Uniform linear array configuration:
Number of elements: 8
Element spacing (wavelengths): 0.25
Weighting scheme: kaiser
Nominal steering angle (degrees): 45
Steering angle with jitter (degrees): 44.825
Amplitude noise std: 0.05
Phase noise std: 0.05

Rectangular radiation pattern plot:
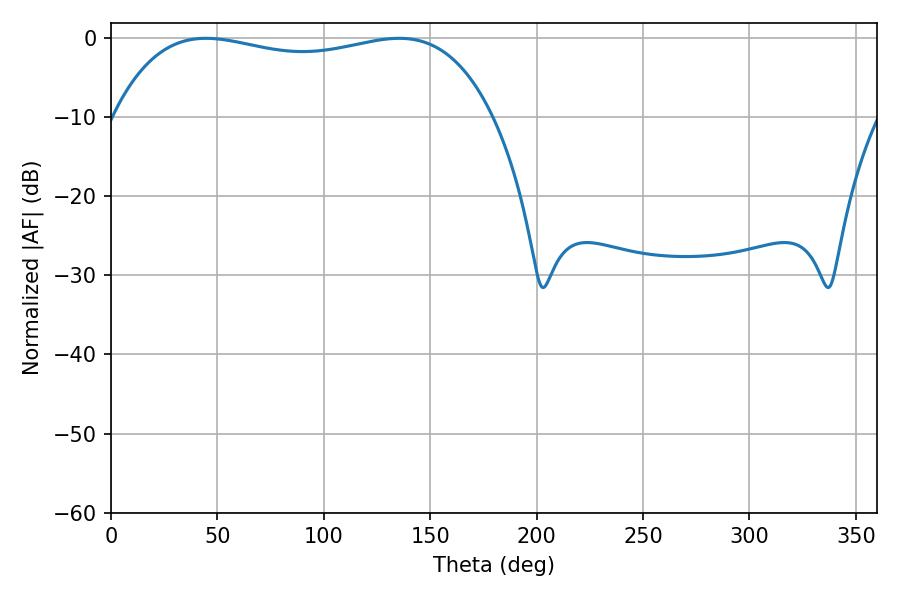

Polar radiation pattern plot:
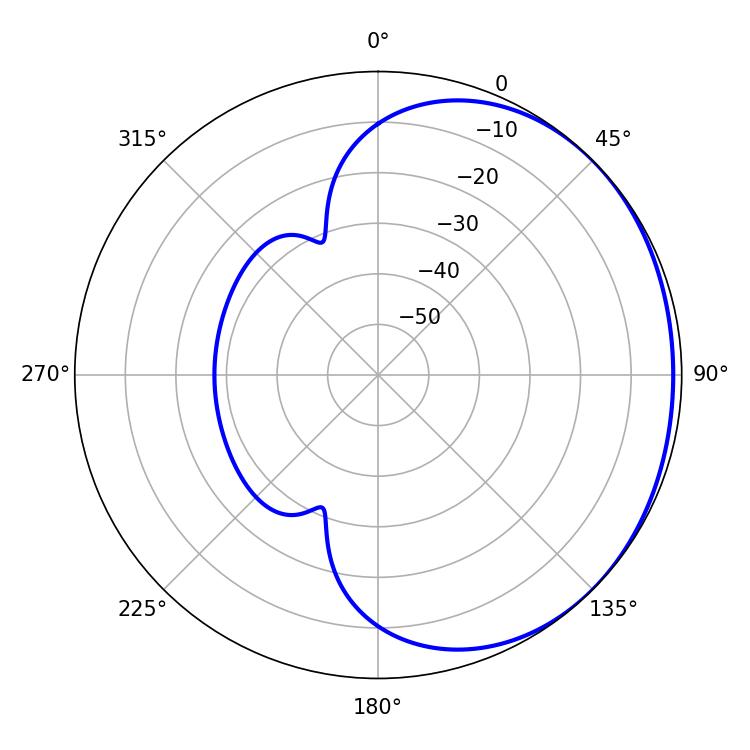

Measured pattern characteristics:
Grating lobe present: FALSE
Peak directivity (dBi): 0.9767
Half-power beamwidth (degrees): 144
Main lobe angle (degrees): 44.64